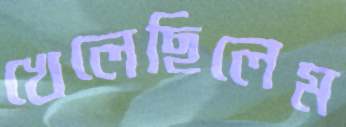
খেলেছিলেম